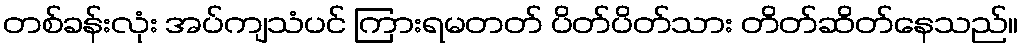
တစ်ခန်းလုံး အပ်ကျသံပင် ကြားရမတတ် ပိတ်ပိတ်သား တိတ်ဆိတ်နေသည်။